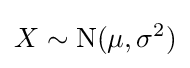
X\sim \mathrm {N} (\mu ,\sigma ^{2})